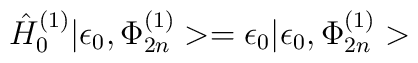
{\hat{H}}^{(1)}_0|\epsilon_0, \Phi^{(1)}_{2n}> = \epsilon_0|\epsilon_0, \Phi^{(1)}_{2n}>